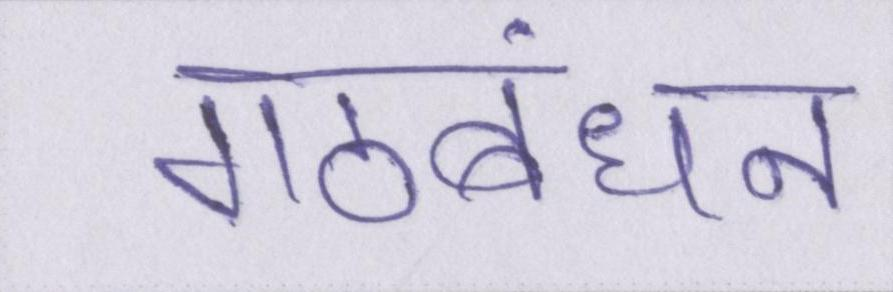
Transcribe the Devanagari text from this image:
गठबंधन